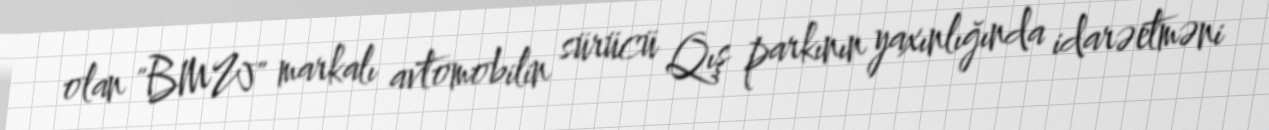
olan "BMW" markalı avtomobilin sürücü Qış parkının yaxınlığında idarəetməni